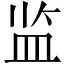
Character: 监